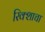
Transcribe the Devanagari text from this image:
रिक्शाचा